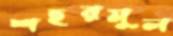
শহরমুল